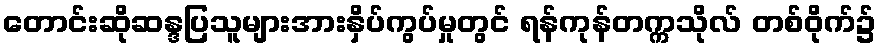
တောင်းဆိုဆန္ဒပြသူများအားနှိပ်ကွပ်မှုတွင် ရန်ကုန်တက္ကသိုလ် တစ်ဝိုက်၌